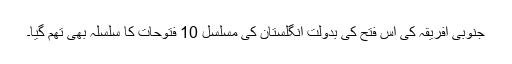
جنوبی افریقہ کی اس فتح کی بدولت انگلستان کی مسلسل 10 فتوحات کا سلسلہ بھی تھم گیا۔